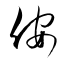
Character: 侒